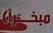
مبغرأ